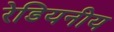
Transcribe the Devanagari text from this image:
रेडियनीय